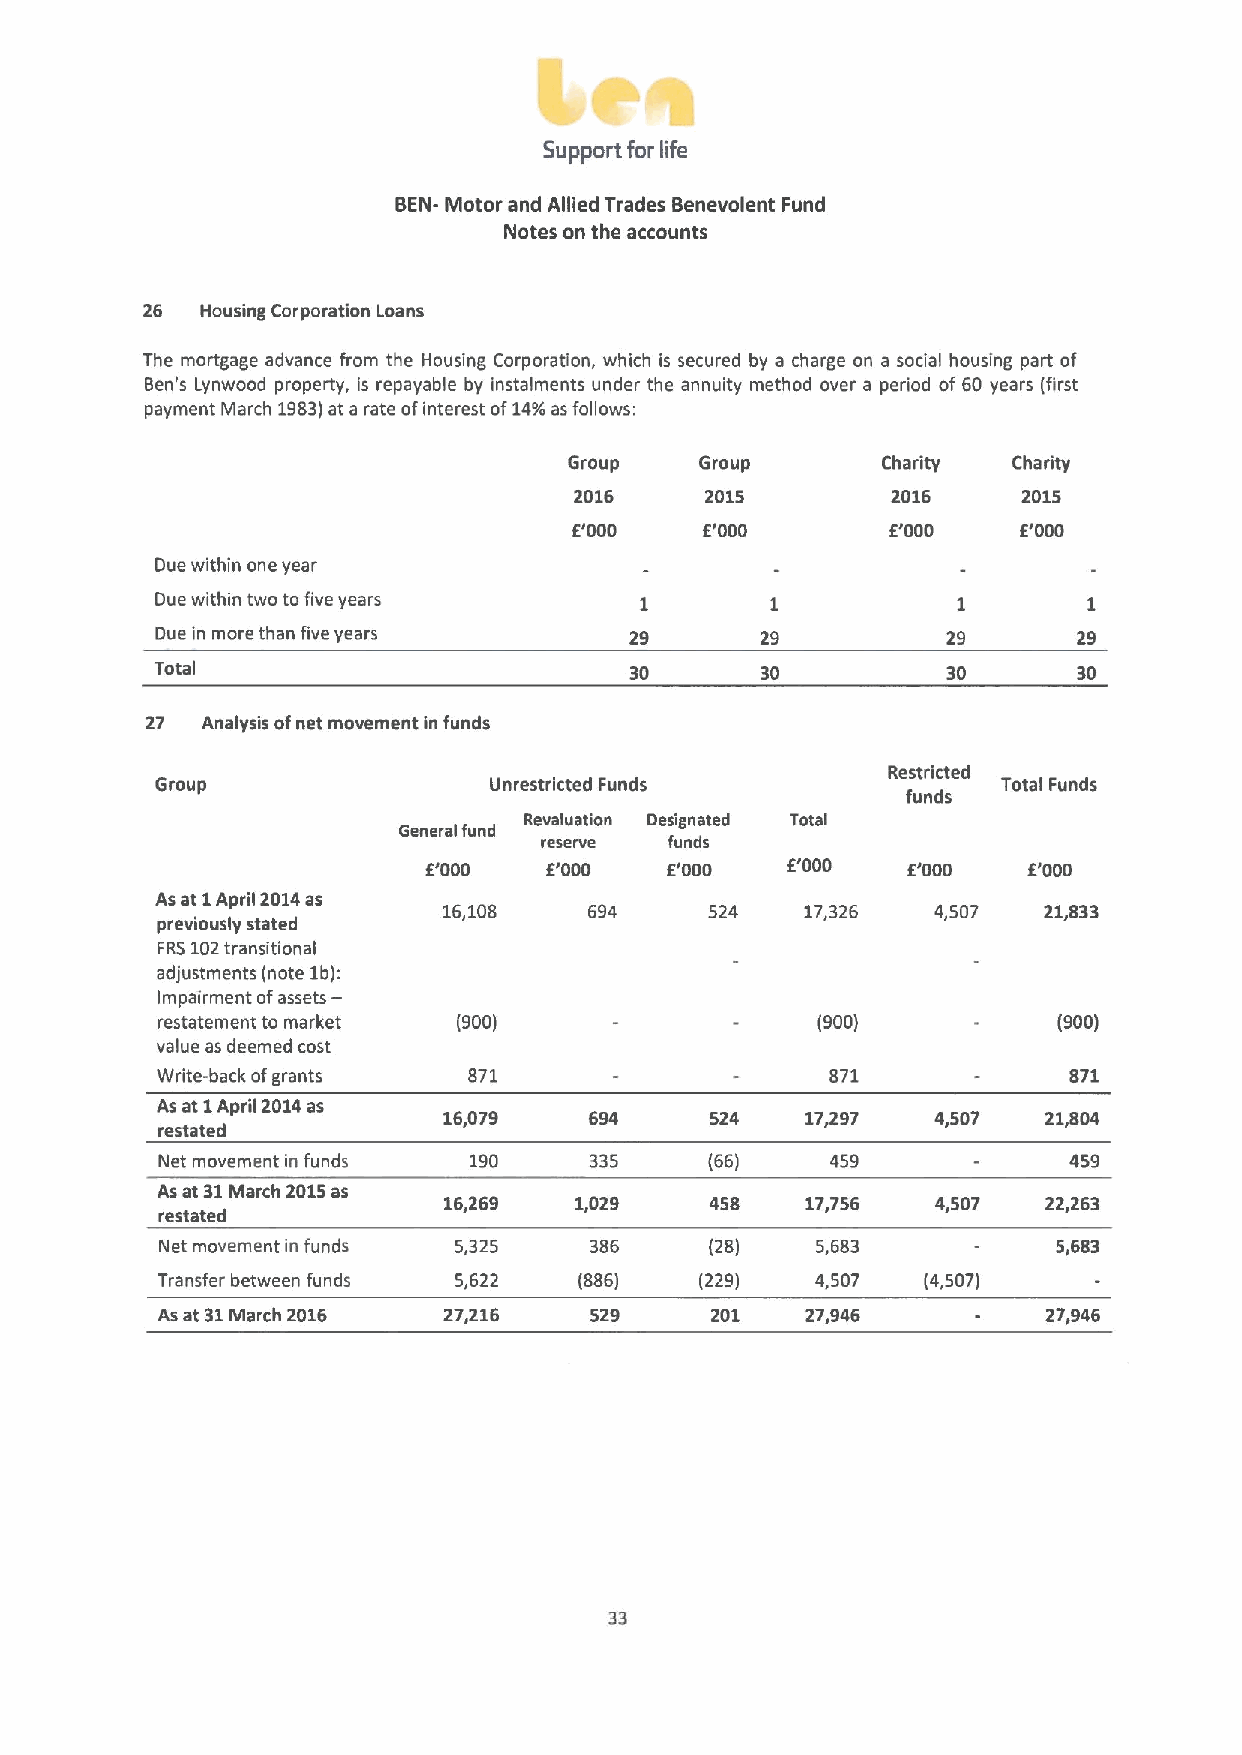
Support for life
 BEN- Motor and Allied Trades Benevolent Fund
 Notes on the accounts
 26  Housing Corporation Loans
 The mortgage advance from the Housing Corporation, which is secured by a charge on a social housing part of
 een's Lynwood property, is repayable by instalments under the annuity method over a period of 60 years (first
 payment March 1983)at a rate ofinterest of14%asfollows:
 Group   Group       Charity  Charity
 2016     2015        2016     2015
 E'000   E'000        6'000    6'000
 Due within one year
 Due within two to five years
 Due in more than five years     29      29           29      29
 Total                           30      30           30      30
 27 Analysis ofnet movement in funds
 Restricted
 Group                 Unrestricted Funds                Total Funds
 funds
 Revaluation Designated Total
 General fund
 reserve funds
 E'000   E'000   6'000   6'000   6'000   E'000
 As at 1April 2014as
 16,108    694     524   17,326   4,507  21,833
 previously stated
 FRS102transitional
 adjustments (note 1b):
 Impairment ofassets-
 restatement to market (900)                 (900)           (900)
 value as deemed cost
 Write-back ofgrants  871                     871             871
 As at 1 April 2014as
 16,079    694     524   17,297   4,507  21,804
 restated
 Net movement in funds 190    335     (66)    459             459
 As at 31March 2015as
 16,269   1,029    458   17,756   4,507  22,263
 restated
 Net movement in funds 5,325 386     (28)   5,683           5,683
 Transfer between funds 5,622 (886)  (229)   4,507  (4,507)
 As at 31March 2016 27,216    529     201   27,946          27,946
 33